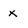
Character: x